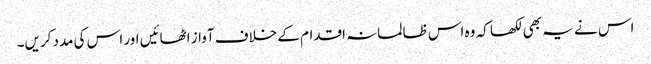
اس نے یہ بھی لکھا کہ وہ اس ظالمانہ اقدام کے خلاف آواز اٹھائیں اور اس کی مدد کریں۔